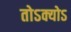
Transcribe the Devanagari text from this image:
तोऽक्योऽ